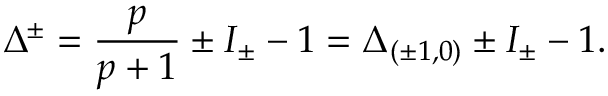
\Delta ^ { \pm } = \frac { p } { p + 1 } \pm I _ { \pm } - 1 = \Delta _ { ( \pm 1 , 0 ) } \pm I _ { \pm } - 1 .